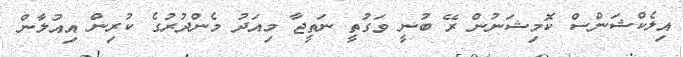
އިލެކްޝަންސް ކޮމިޝަނުން ރޭ ބުނީ ވަގުތީ ނަތީޖާ މިއަދު މެންދުރުގެ ކުރިން އިއުލާން